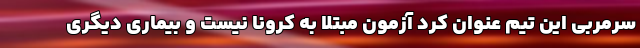
سرمربی این تیم عنوان کرد آزمون مبتلا به کرونا نیست و بیماری دیگری